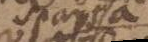
sparsa